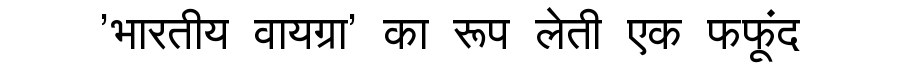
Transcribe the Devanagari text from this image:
'भारतीय वायग्रा' का रूप लेती एक फफूंद